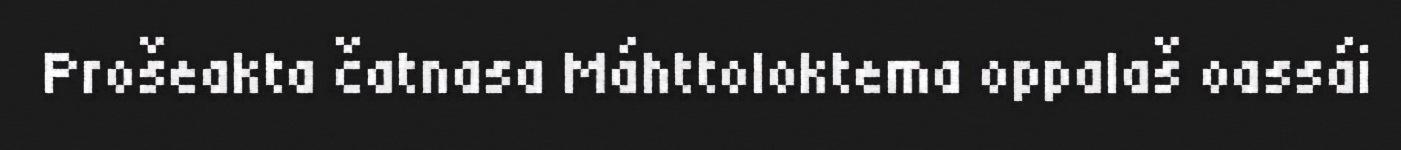
Prošeakta čatnasa Máhttoloktema oppalaš oassái